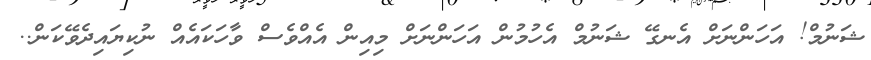
ޝަނުމް! އަހަންނަށް އެނގޭ ޝަނުމް އެހުމުން އަހަންނަށް މިއިން އެއްވެސް ވާހަކައެއް ނުކިޔައިދެވޭކަން..